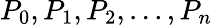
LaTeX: P_{0},P_{1},P_{2},...,P_{n}